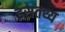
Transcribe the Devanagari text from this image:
इसतथ्य